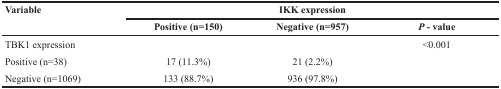
<table><thead><tr><td rowspan="2"><b>Variable</b></td><td colspan="3"><b>IKK expression</b></td></tr><tr><td><b>Positive (n=150)</b></td><td><b>Negative (n=957)</b></td><td><b><i>P</i> - value</b></td></tr></thead><tbody><tr><td>TBK1 expression</td><td></td><td></td><td>&lt;0.001</td></tr><tr><td>Positive (n=38)</td><td>17 (11.3%)</td><td>21 (2.2%)</td><td></td></tr><tr><td>Negative (n=1069)</td><td>133 (88.7%)</td><td>936 (97.8%)</td><td></td></tr></tbody></table>